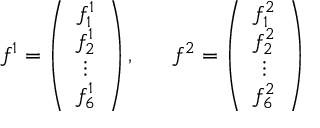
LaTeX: f ^ { 1 } = \left( \begin{array} { c } { { f _ { 1 } ^ { 1 } } } \\ { { f _ { 2 } ^ { 1 } } } \\ { { \vdots } } \\ { { f _ { 6 } ^ { 1 } } } \end{array} \right) , ~ ~ ~ ~ ~ f ^ { 2 } = \left( \begin{array} { c } { { f _ { 1 } ^ { 2 } } } \\ { { f _ { 2 } ^ { 2 } } } \\ { { \vdots } } \\ { { f _ { 6 } ^ { 2 } } } \end{array} \right)